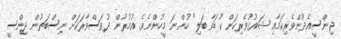
ޖިންސީއެދުންވެރިކަމާއި ޝައުގުވެރިކަން ކުޑަވާ ބަލި" ހުންނަ މީހުންނެވެ. އުމުރުން ދުވަސްވާރަކަށް ނިސްބަތުން ޖިންސީ